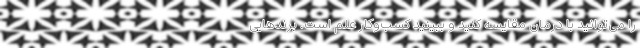
را می‌توانید با درمان مقایسه کنید و ببینید کسب‌وکار علم است. برندهایی